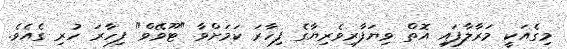
މިގެއަކީ މަރާލާފައި އޮތް ވިޔަފާރިވެރިޔާގެ ފިހާރަ ކަމަށްވާ "ޓޫވޭވް" ފިހާރަ ހުރި ގެއެވެ.